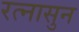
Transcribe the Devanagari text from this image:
रत्‍नासुन